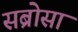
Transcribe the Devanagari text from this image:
सब्रोसा